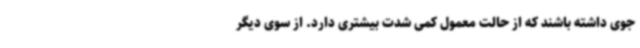
جوی داشته باشند که از حالت معمول کمی شدت بیشتری دارد. از سوی دیگر